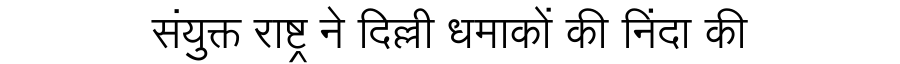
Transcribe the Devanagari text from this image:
संयुक्त राष्ट्र ने दिल्ली धमाकों की निंदा की